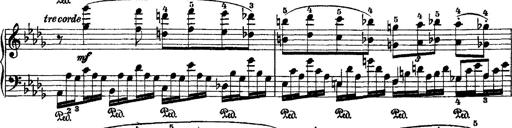
Title: 2 KonzertetÃ¼den
Composer: Franz Liszt